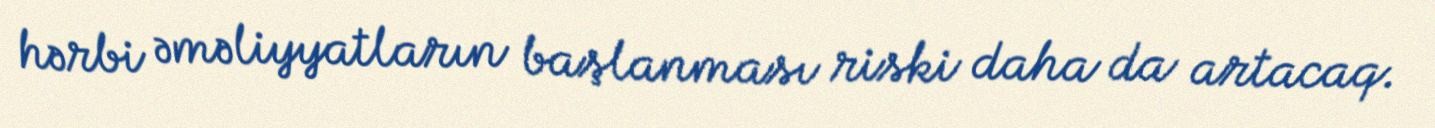
hərbi əməliyyatların başlanması riski daha da artacaq.